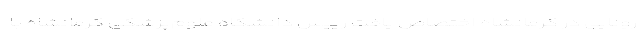
رونایی در کرمانشاه اختصاص یافت رییس دانشگاه علوم‌پزشکی کرمانشاه با